Annual report on the Civil Veterinary Department, Burma (including the Insein Veterinary School) - 1923-1931
Year: 1923
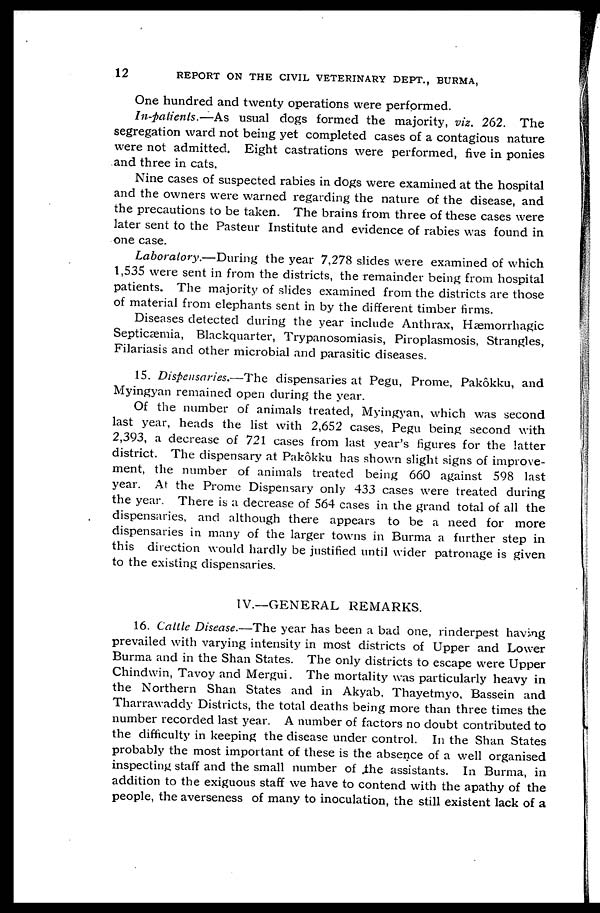
12
REPORT ON THE CIVIL VETERINARY DEPT., BURMA,
One hundred and twenty operations were performed.
In-patients.—As usual dogs formed the majority, viz. 262. The
segregation ward not being yet completed cases of a contagious nature
were not admitted. Eight castrations were performed, five in ponies
and three in cats.
Nine cases of suspected rabies in dogs were examined at the hospital
and the owners were warned regarding the nature of the disease, and
the precautions to be taken. The brains from three of these cases were
later sent to the Pasteur Institute and evidence of rabies was found in
one case.
Laboratory.—During the year 7,278 slides were examined of which
1,535 were sent in from the districts, the remainder being from hospital
patients. The majority of slides examined from the districts are those
of material from elephants sent in by the different timber firms.
Diseases detected during the year include Anthrax, Hæmorrhagic
Septicæmia, Blackquarter, Trypanosomiasis, Piroplasmosis, Strangles,
Filariasis and other microbial and parasitic diseases.
15. Dispensaries.—The dispensaries at Pegu, Prome, Pakôkku, and
Myingyan remained open during the year.
Of the number of animals treated, Myingyan, which was second
last year, heads the list with 2,652 cases, Pegu being second with
2,393, a decrease of 721 cases from last year's figures for the latter
district. The dispensary at Pakôkku has shown slight signs of improve-
ment, the number of animals treated being 660 against 598 last
year. At the Prome Dispensary only 433 cases were treated during
the year. There is a decrease of 564 cases in the grand total of all the
dispensaries, and although there appears to be a need for more
dispensaries in many of the larger towns in Burma a further step in
this direction would hardly be justified until wider patronage is given
to the existing dispensaries.
IV.—GENERAL REMARKS.
16. Cattle Disease.—The year has been a bad one, rinderpest having
prevailed with varying intensity in most districts of Upper and Lower
Burma and in the Shan States. The only districts to escape were Upper
Chindwin, Tavoy and Mergui. The mortality was particularly heavy in
the Northern Shan States and in Akyab, Thayetmyo, Bassein and
Tharrawaddy Districts, the total deaths being more than three times the
number recorded last year. A number of factors no doubt contributed to
the difficulty in keeping the disease under control. In the Shan States
probably the most important of these is the absence of a well organised
inspecting staff and the small number of the assistants. In Burma, in
addition to the exiguous staff we have to contend with the apathy of the
people, the averseness of many to inoculation, the still existent lack of a